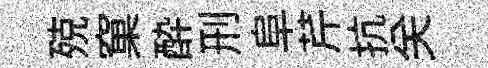
殑窠酔刑阜芹抗关